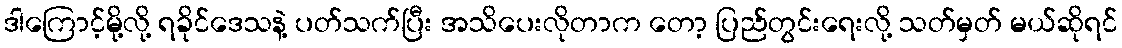
ဒါကြောင့်မို့လို့ ရခိုင်ဒေသနဲ့ ပတ်သက်ပြီး အသိပေးလိုတာက တော့ ပြည်တွင်းရေးလို့ သတ်မှတ် မယ်ဆိုရင်